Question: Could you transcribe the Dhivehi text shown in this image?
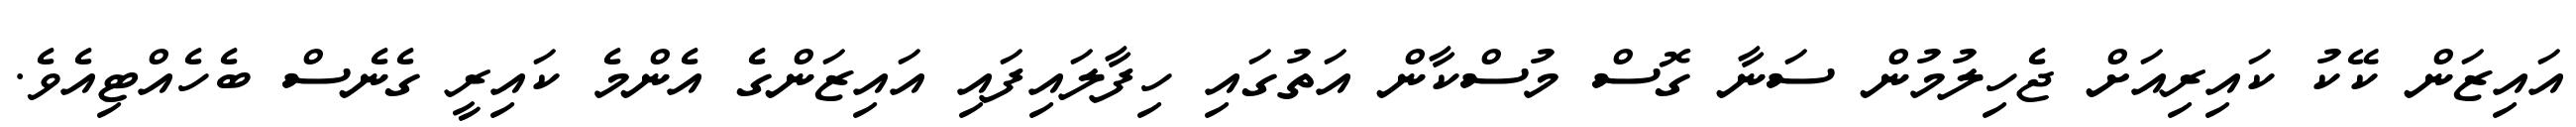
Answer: އައިޒަން ކޭކު ކައިރިއަށް ޖެހިލުމުން ސަނާ ގޮސް މުސްކާން އަތުގައި ހިފާލައިފައި އައިޒަންގެ އެންމެ ކައިރީ ގެނެސް ބެހެއްޓިއެވެ.